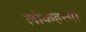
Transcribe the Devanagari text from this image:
लोकहत्त्या